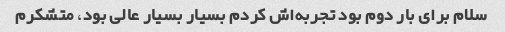
سلام برای بار دوم بود تجربه‌اش کردم بسیار بسیار عالی بود، متشکرم